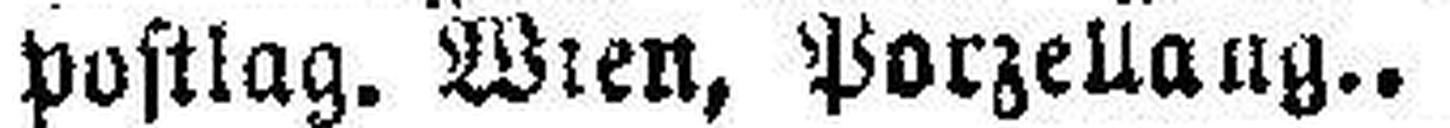
postlag. Wien Porzellang..